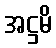
အဋ္ဌမိ